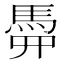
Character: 𩢏